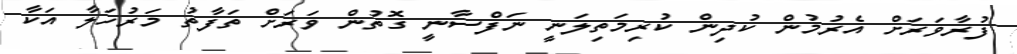
ފުރާވަރަށް އެރުމުން ކުދިން ކުރިމަތިލަނީ ނަފްސާނީ ގޮތުން ވަރަށް ތަފާތު މަރުހަލާ އަކާ